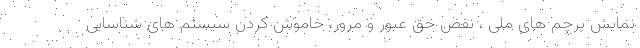
نمایش پرچم های ملی ، نقض حق عبور و مرور، خاموش کردن سیستم های شناسایی